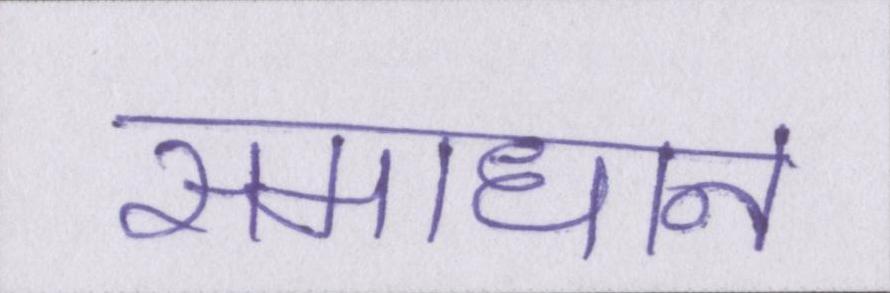
समाधान